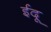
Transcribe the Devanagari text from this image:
ईदू